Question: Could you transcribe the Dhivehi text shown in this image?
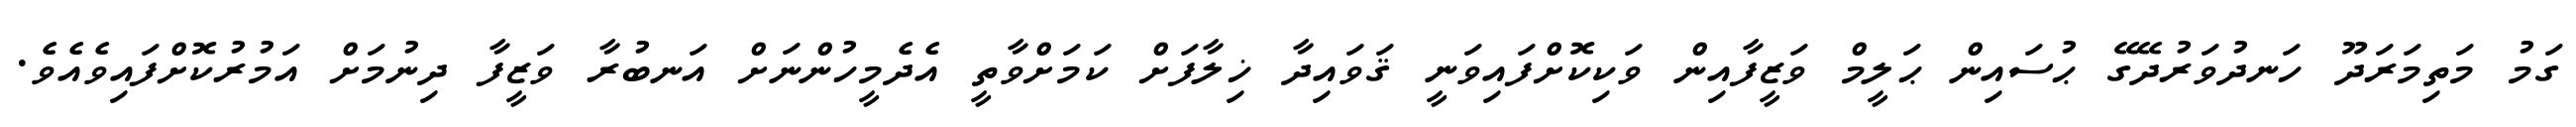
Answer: ގަމު މަތިމަރަދޫ ހަނދުވަރުދޭގޭ ޙުސައިން ޙަލީމް ވަޒީފާއިން ވަކިކޮށްފައިވަނީ ޤަވައިދާ ޚިލާފަށް ކަމަށްވާތީ އެދެމީހުންނަށް އަނބުރާ ވަޒީފާ ދިނުމަށް އަމުރުކޮށްފައިވެއެވެ.